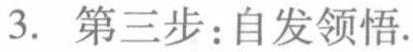
3. 第三步：自发领悟.